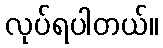
လုပ်ရပါတယ်။